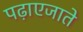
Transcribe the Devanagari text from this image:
पढ़ाएजाते